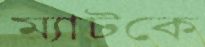
ম্যাটকে